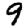
Digit: 9